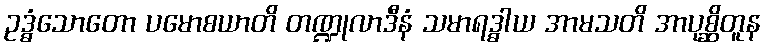
ဥဒ္ဓံသောတော ပမောစယာတိ တဏ္ဍုလာဒီနံ သမာရဒ္ဓါယ အာမသတိ အာပုစ္ဆိတူန